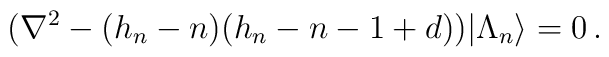
(\nabla^2-(h_n-n)(h_n-n-1+d))|\Lambda_n\rangle=0\,.